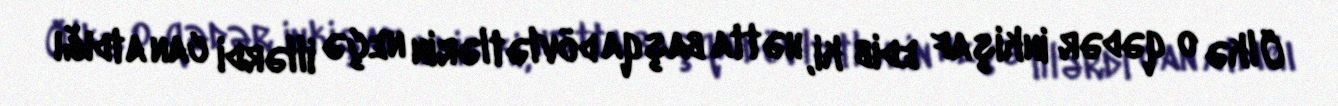
Ölkə o qədər inkişaf edib ki, hətta başqa dövlətlərin neçə illərdi can atdığı